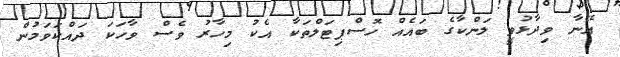
އޭނާ ވިދާޅުވީ ލަންކާގެ ބައެއް ހޮސްޕިޓަލްތަކާ އެކު މިހާރު ވެސް ވާހަކަ ދައްކަވަމުން